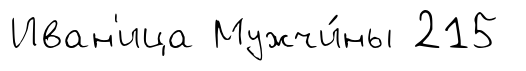
Иван'ица Мужчи́ны 215